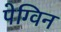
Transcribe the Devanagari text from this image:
पेग्विन